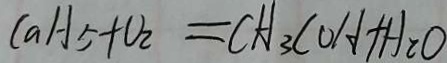
C a H _ { 5 } + O _ { 2 } = C H _ { 3 } C O H + H _ { 2 } O